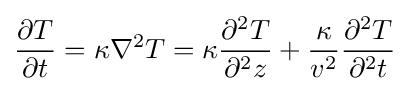
{\frac {\partial T}{\partial t}}=\kappa \nabla ^{2}T=\kappa {\frac {\partial ^{2}T}{\partial ^{2}z}}+{\frac {\kappa }{v^{2}}}{\frac {\partial ^{2}T}{\partial ^{2}t}}